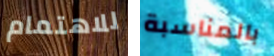
للاهتمام بالمناسبة